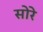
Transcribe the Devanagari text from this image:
सोरे